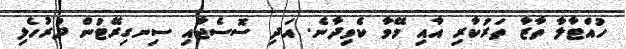
ހުއްޓާލާ ތާޒާ ތަރުކާރި އާއި މޭވާ ކެވިދާނެ. އަދި ސޮސެޖާއި ސިނގިރޭޓުން ދުރުހެލި